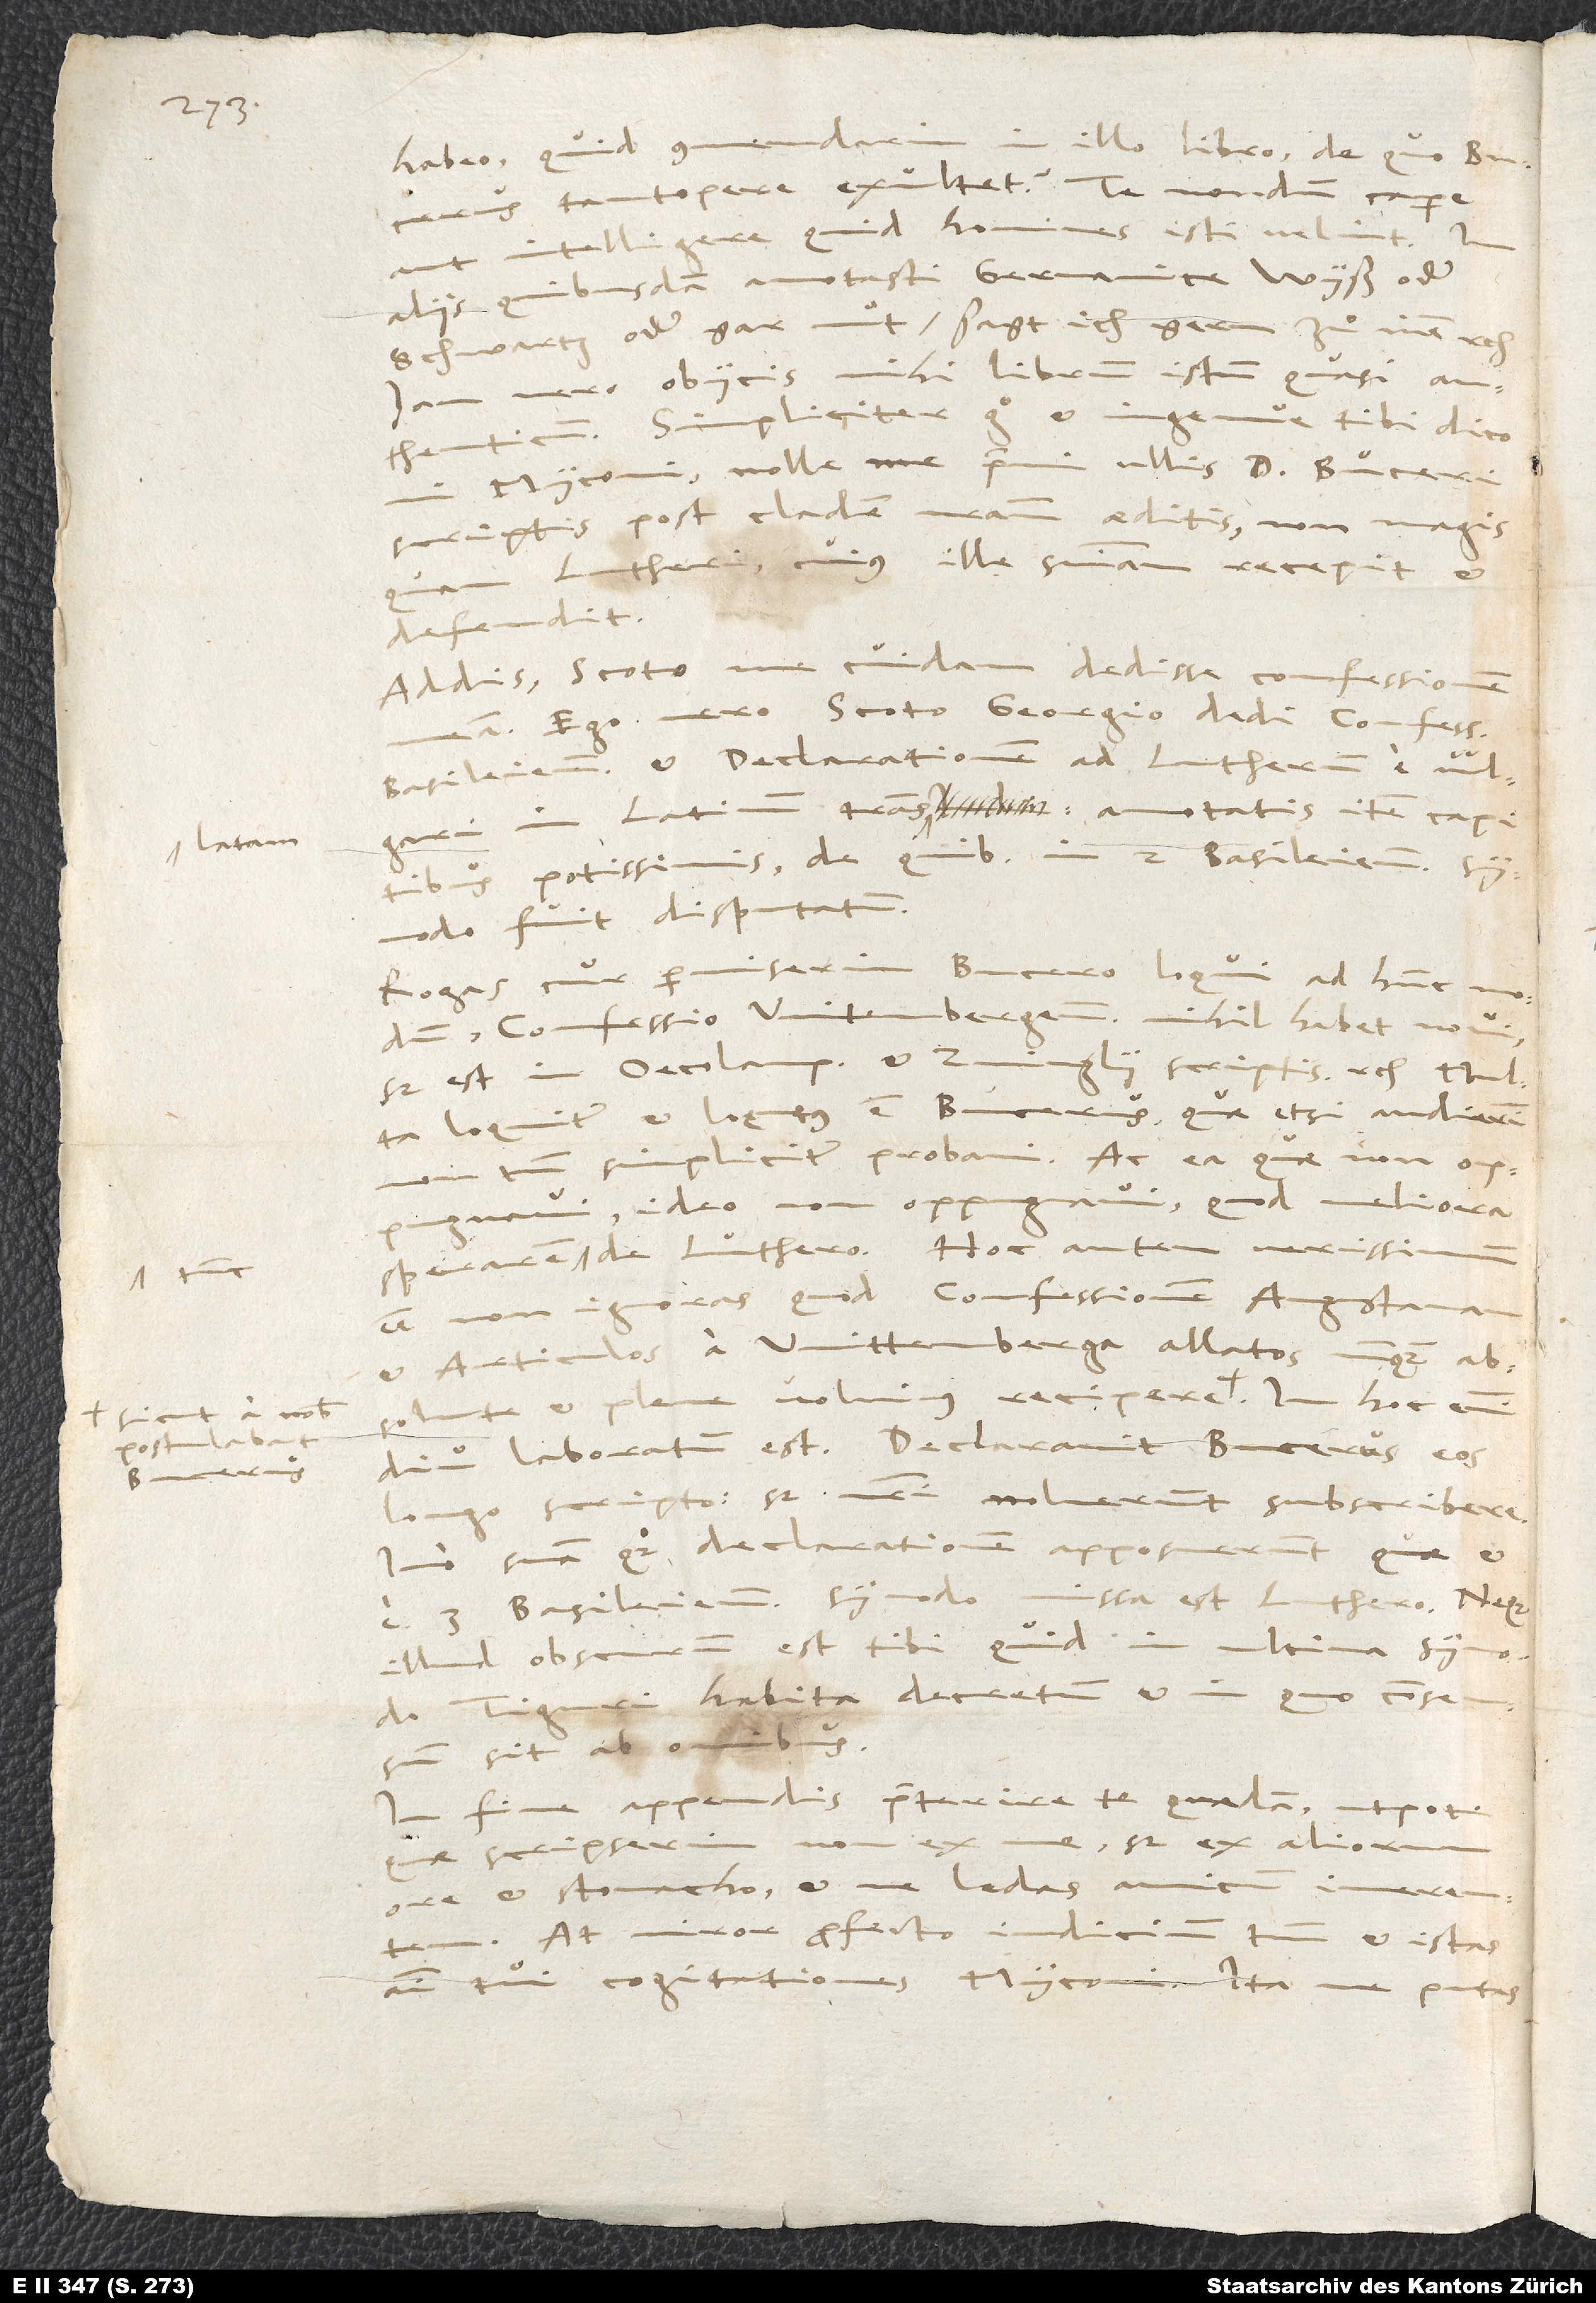
habeo, quid commendarim in illo libro, de quo Bucerus
tantopere exultet; te nondum capere
aut intelligere, quid homines isti velint.
aliis quibusdam annotasti Germanice: „Wyß oder
schwartz oder gar nüt, sagt ich gern zuͦ inen“ etc.
Iam vero obiicis mihi librum istum quasi
authenticum. Simpliciter ergo et ingenue tibi dico,
mi Myconi, nolle me premi ullis d. Buceri
scriptis post cladem nostram aeditis, non magis
Lutheri, cuius ille sententiam recepit et
defendit.
Addis Scoto me cuidam dedisse confessionem
Ego vero Scoto Georgio dedi confessionem
Basileiensem et declarationem ad Lutherum e vulgari
in Latinum translatam annotatis item capitibus
in 2. Basileiensi synodo
potissimis, de quibus
fuit disputatum.
Rogas, cur permiserim Bucero loqui ad hunc modum:
„Confessio Witenbergensis nihil habet novi,
sed est in Oecolampadii et Zvinglii scriptis“ etc.
loquitur et loqutus est Bucerus, quae etsi audierim,
simpliciter probavi. Ac ea, quae non oppugnavi,
ideo non oppugnavi, quod meliora
sperarem tunc de Luthero. Hoc autem verissimum
esse non ignoras, quod confessionem Augustanam
et articulos a Wittenberga allatos nunquam
diu laboratum est. Declaravit Bucerus eos
longo scripto; sed nostri noluerunt subscribere.
Imo suam quoque declarationem apposuerunt, quae et
e 3. Basileiensi synodo missa est Luthero. Neque
illud obscurum est tibi, quid in ultima synodo
Tiguri habita decretum et in quo consensum
sit ab omnibus.
fine appendis praeterire te quaedam, utpote
quae scripserim non ex me, sed ex aliorum
ore et stomacho, et ne laedas amicum immerentem.
At miror profecto iudicium tuum et istas
animi tui cogitationes, Myconi. Ita me putas